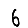
Digit: 6